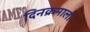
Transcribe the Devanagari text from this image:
दिनक्रमाला